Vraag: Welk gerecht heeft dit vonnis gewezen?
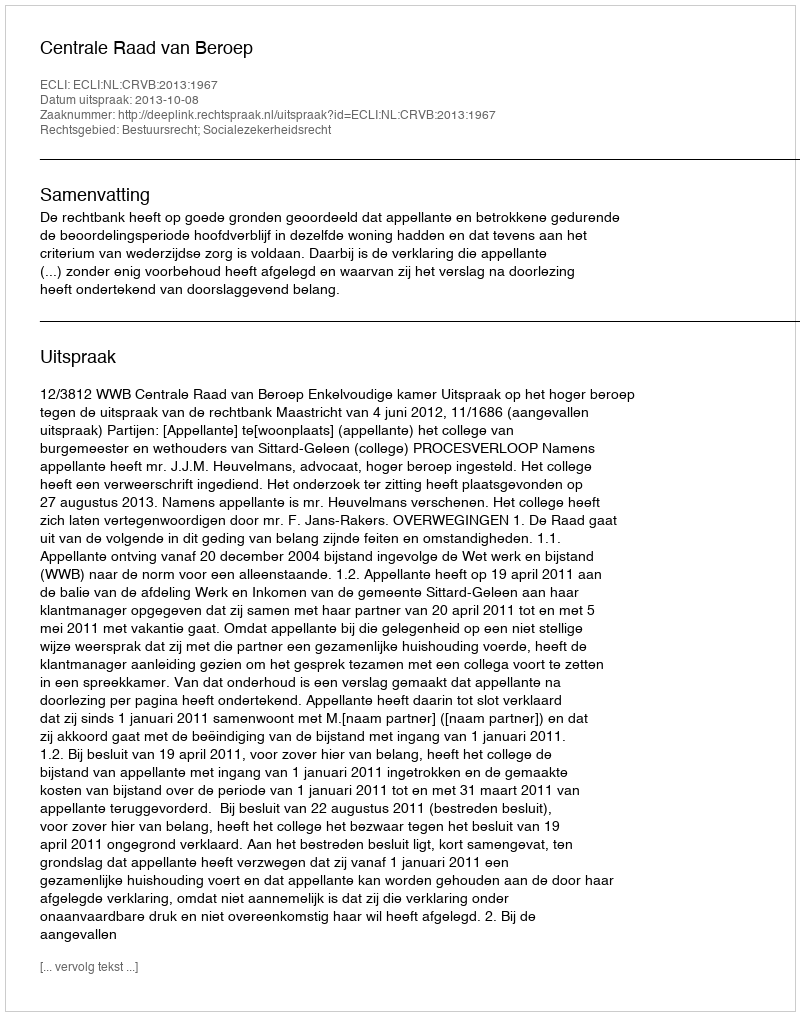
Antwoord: Centrale Raad van Beroep